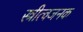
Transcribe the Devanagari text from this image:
स्त्रीत्वजनक